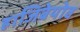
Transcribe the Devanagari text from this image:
हाजिबेयोव